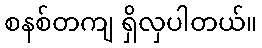
စနစ်တကျ ရှိလှပါတယ်။